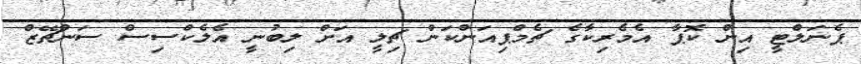
ޕެނަލްޓީ އިން ކޮޕާ އެމެރިކާގެ ޗެމްޕިއަންކަން ޗިލީ އަށް ލިބުނީ އެލެކްސިސް ސަންޗޭޒް